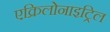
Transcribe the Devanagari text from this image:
एक्रिलोनाइट्रिल